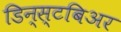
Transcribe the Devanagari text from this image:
डिन्स्टबिअर